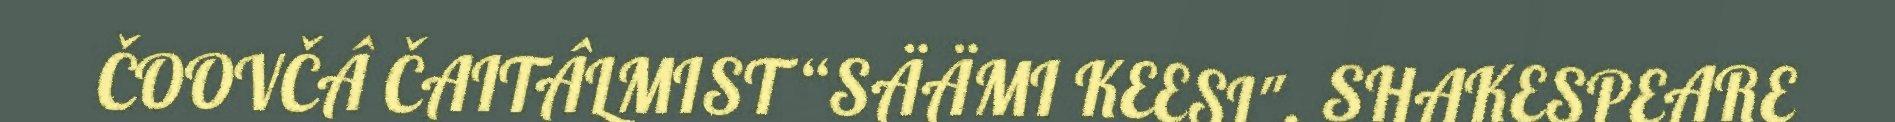
ČOOVČÂ ČAITÂLMIST “SÄÄMI KEESI". SHAKESPEARE